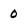
Character: O